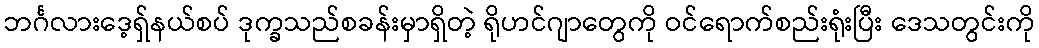
ဘင်္ဂလားဒေ့ရှ်နယ်စပ် ဒုက္ခသည်စခန်းမှာရှိတဲ့ ရိုဟင်ဂျာတွေကို ဝင်ရောက်စည်းရုံးပြီး ဒေသတွင်းကို